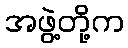
အဖွဲ့တို့က